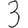
Digit: 3